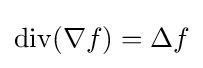
\operatorname {div} (\nabla f)=\Delta f